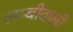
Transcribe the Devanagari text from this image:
लम्बीवाली